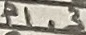
Text: P1.3